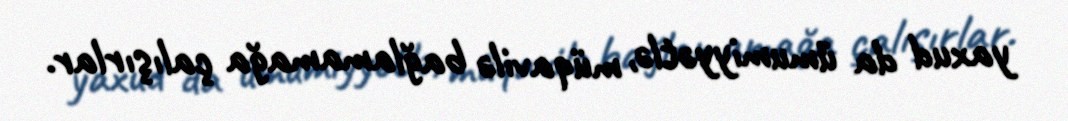
yaxud da ümumiyyətlə, müqavilə bağlamamağa çalışırlar.